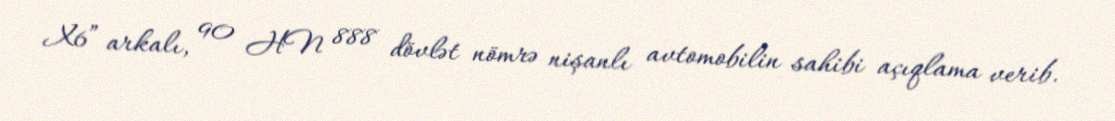
X6” arkalı, 90 HN 888 dövlət nömrə nişanlı avtomobilin sahibi açıqlama verib.